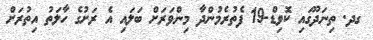
ގދ. ތިނަދޫގައި ކޮވިޑް-19 ފެތުރެމުންދާ މިންވަރަށް ބަލައި އެ ރަށުގެ ހާލަތު އިތުރަށް